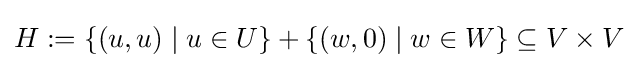
H:=\{(u,u)\mid u\in U\}+\{(w,0)\mid w\in W\}\subseteq V\times V